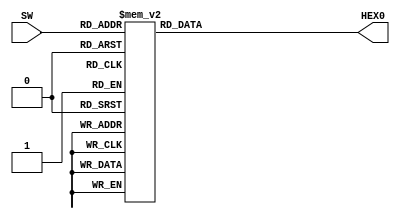


module seven_seg (
    input [3:0] SW, // 4-bit input from switches
    	 
    output reg [6:0] HEX0 // 7-bit output to 7-segment display
);

always @ (*) // triggered by rising edge of KEY[0]
begin
    case (SW) // select value based on SW
        4'h0: HEX0 <= 7'b1000000; // display 0
        4'h1: HEX0 <= 7'b1111001; // display 1
        4'h2: HEX0 <= 7'b0100100; // display 2
        4'h3: HEX0 <= 7'b0110000; // display 3
        4'h4: HEX0 <= 7'b0011001; // display 4
        4'h5: HEX0 <= 7'b0010010; // display 5
        4'h6: HEX0 <= 7'b0000010; // display 6
        4'h7: HEX0 <= 7'b1111000; // display 7
        4'h8: HEX0 <= 7'b0000000; // display 8
        4'h9: HEX0 <= 7'b0010000; // display 9
        default: HEX0 <= 7'b1111111; // turn off all segments if SW is not a valid number
    endcase
end

endmodule